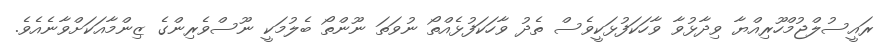
ރައީސުލްޖުމްހޫރިއްޔާ ވިދާޅުވާ ވާހަކަފުޅަކީވެސް ތެދު ވާހަކަފުޅެއްތޯ ނުވަތަ ނޫންތޯ ބެލުމަކީ ނޫސްވެރިންގެ ޒިންމާއަކަށްވާނެއެވެ.